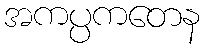
အကပ္ပကတေန